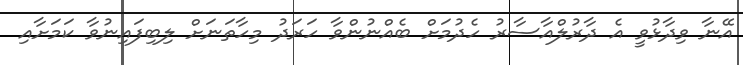
އޭނާ ވިދާޅުވީ އެ ދާރުލްއާސާރު ހެދުމަށް ބެއްނުންވާ ހަރަދު މިހާތަނަށް ލިބިފައިނުވާ ކަމަށާއި